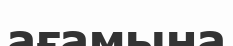
ағамына